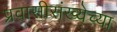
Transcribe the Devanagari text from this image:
प्रवासीसंख्येच्या